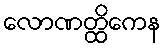
လောဏတ္ထိကေန